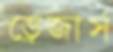
ড্রেজার্স